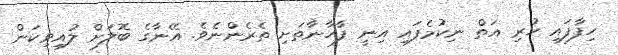
ހިފާފައި ހުރި އަތް ނިކުމެފައި އިނީ ފާހާނާތަށި ތެރެންނެވެ. އޭނާގެ ބޮލަށް ލުއިވިކަން